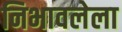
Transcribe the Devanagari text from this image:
निभावलेला